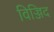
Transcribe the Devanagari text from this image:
विज्जिद